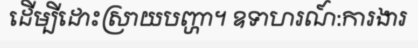
ដើម្បីដោះស្រាយបញ្ហា។ ឧទាហរណ៍:ការងារ